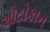
શોટોકાન